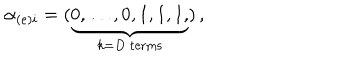
\alpha _ { ( e ) i } = ( \underbrace { 0 , \dots , 0 , 1 , 1 , 1 , } _ { k = D \mathrm { ~ t e r m s } } ) \, ,